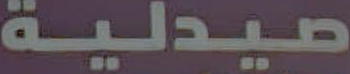
صيدلية